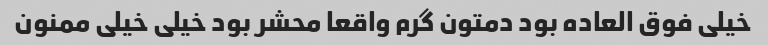
خیلی فوق العاده بود دمتون گرم واقعا محشر بود خیلی خیلی ممنون